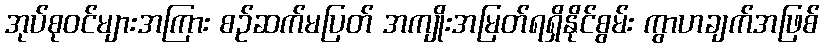
အုပ်စုဝင်များအကြား စဉ်ဆက်မပြတ် အကျိုးအမြတ်ရရှိနိုင်စွမ်း ကွာဟချက်အဖြစ်